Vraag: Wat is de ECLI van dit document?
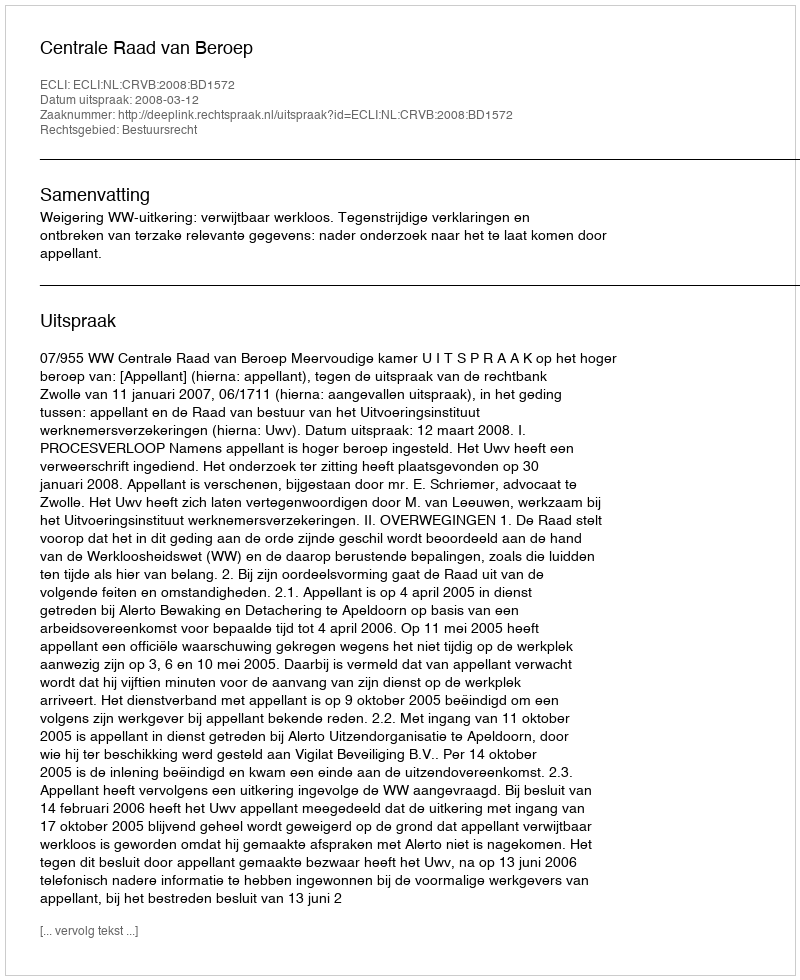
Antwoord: ECLI:NL:CRVB:2008:BD1572